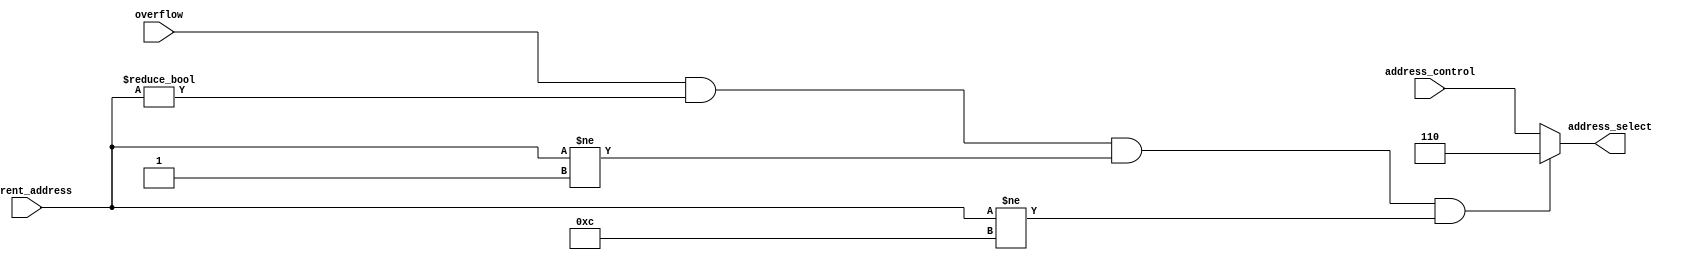
module MUX2X1(input [2:0] address_control,
			  input overflow,
			  input [4:0] current_address,
			  output reg [2:0] address_select);
always@(*)
begin			  
	if(overflow==1 && current_address != 5'd0 && current_address != 5'd1 && current_address != 5'd12) begin
	   address_select = 3'b110;
	   end
	
	else begin
	   address_select = address_control;
	  end
end	  
endmodule